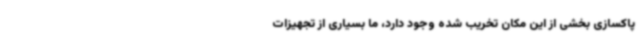
پاکسازی بخشی از این مکان تخریب شده وجود دارد، ما بسیاری از تجهیزات